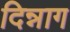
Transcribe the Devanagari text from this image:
दिन्नाग